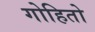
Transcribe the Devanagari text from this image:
गोहितो